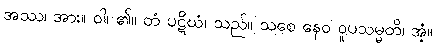
အဿ၊ အား။ ဝါ၊ ၏။ တံ ပဋိဃံ၊ သည်။ သစေ နေဝ ဝူပသမ္မတိ၊ အံ့။